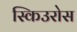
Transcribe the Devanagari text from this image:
स्किउरोस